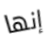
إنها